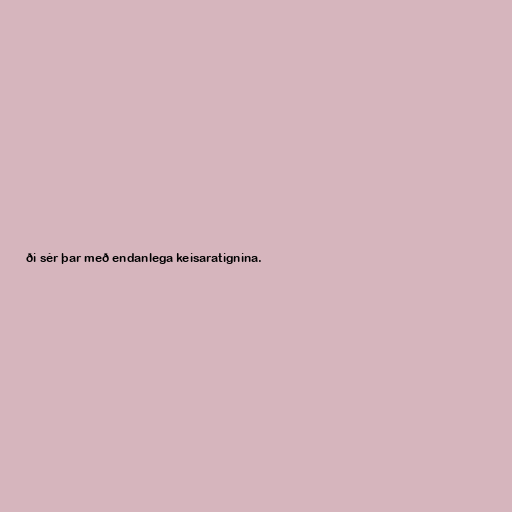
ði sér þar með endanlega keisaratignina.